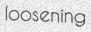
loosening